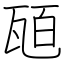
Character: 瓸